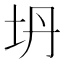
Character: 坍